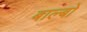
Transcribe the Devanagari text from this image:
बाल्बो